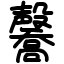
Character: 毊